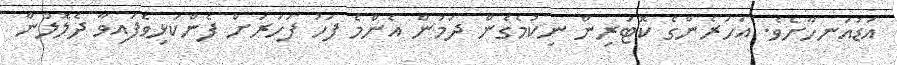
އަޑުއަނހާށެވެ. އަހަރެންގެ ކޮޓަރިން ނިކުމެގެން ދަމުން އެންމެ ފަހު ފަހަރަށް ފެންކަޅިވެފައިވާ ދެލޮލުން